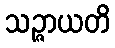
သဉ္ဇာယတိ